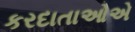
કરદાતાઓએ